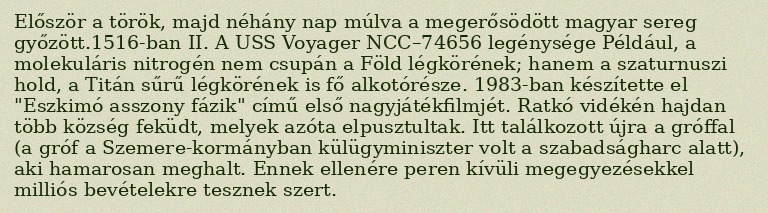
Először a török, majd néhány nap múlva a megerősödött magyar sereg győzött.1516-ban II. A USS Voyager NCC–74656 legénysége Például, a molekuláris nitrogén nem csupán a Föld légkörének; hanem a szaturnuszi hold, a Titán sűrű légkörének is fő alkotórésze. 1983-ban készítette el "Eszkimó asszony fázik" című első nagyjátékfilmjét. Ratkó vidékén hajdan több község feküdt, melyek azóta elpusztultak. Itt találkozott újra a gróffal (a gróf a Szemere-kormányban külügyminiszter volt a szabadságharc alatt), aki hamarosan meghalt. Ennek ellenére peren kívüli megegyezésekkel milliós bevételekre tesznek szert.